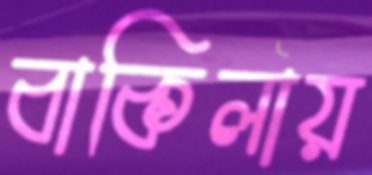
বাকিলায়